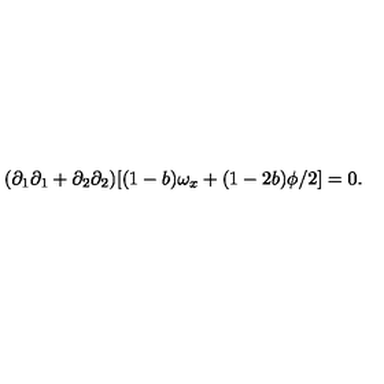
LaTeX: ( \partial _ { 1 } \partial _ { 1 } + \partial _ { 2 } \partial _ { 2 } ) [ ( 1 - b ) \omega _ { x } + ( 1 - 2 b ) \phi / 2 ] = 0 .